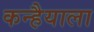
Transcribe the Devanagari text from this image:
कन्हैयाला